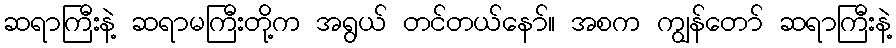
ဆရာကြီးနဲ့ ဆရာမကြီးတို့က အရွယ် တင်တယ်နော်။ အစက ကျွန်တော် ဆရာကြီးနဲ့